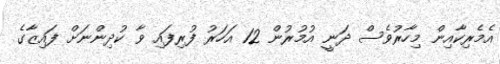
އެމެރިކާއިން މިހާރުވެސް ދަނީ އުމުރުން 12 އަހަރު ފުރިފައި ވާ ކުދިންނަށް ފައިޒާގެ